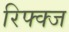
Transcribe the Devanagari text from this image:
रिफ्क्ज